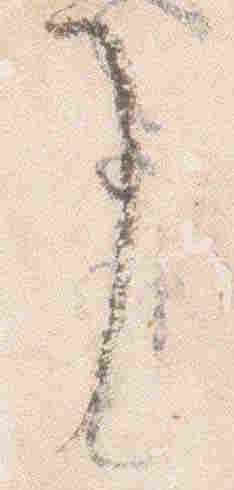
了